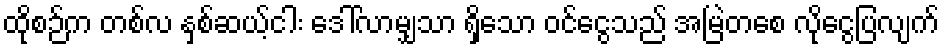
ထိုစဉ်က တစ်လ နှစ်ဆယ့်ငါး ဒေါ်လာမျှသာ ရှိသော ဝင်ငွေသည် အမြဲတစေ လိုငွေပြလျက်